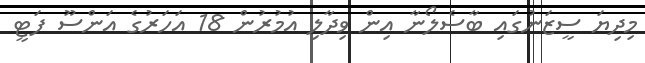
މިދިޔަ ސީޒަނުގައި ބާސެލޯނާ އިން ވިދާލި އުމުރުން 18 އަހަރުގެ އަންސޫ ފަޓީ